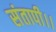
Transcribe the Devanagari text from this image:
संतापी।।